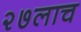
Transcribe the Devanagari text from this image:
२७लाच